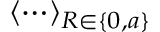
\langle \cdots \rangle _ { R \in \{ 0 , a \} }